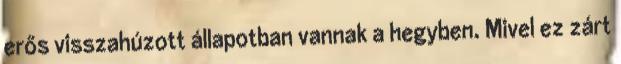
erős visszahúzott állapotban vannak a hegyben. Mivel ez zárt